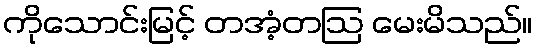
ကိုသောင်းမြင့် တအံ့တဩ မေးမိသည်။